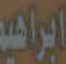
ابراهيم